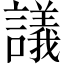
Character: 議